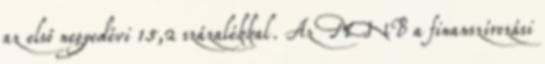
az első negyedévi 15,2 százalékkal. Az MNB a finanszírozási